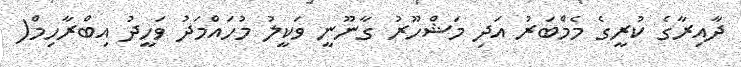
ދާއިރާގެ ކުރީގެ މެމްބަރު އަދި މަޝްހޫރު ގާނޫނީ ވަކީލު މުހައްމަދު ވަހީދު އިބްރާހިމް(